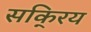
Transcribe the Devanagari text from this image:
सकि्रय